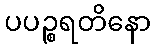
ပပဉ္စရတိနော